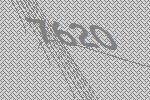
7620